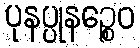
ပုနပ္ပုနဉ္စေဝ